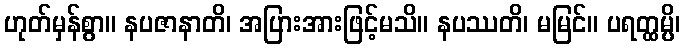
ဟုတ်မှန်စွာ။ နပဇာနာတိ၊ အပြားအားဖြင့်မသိ။ နပဿတိ၊ မမြင်။ ပရတ္ထမ္ပိ၊